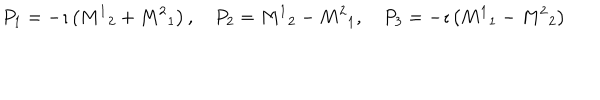
P _ { 1 } = - \imath \left( { M ^ { 1 } } _ { 2 } + { M ^ { 2 } } _ { 1 } \right) , \quad P _ { 2 } = { M ^ { 1 } } _ { 2 } - { M ^ { 2 } } _ { 1 } , \quad P _ { 3 } = - \imath \left( { M ^ { 1 } } _ { 1 } - { M ^ { 2 } } _ { 2 } \right)